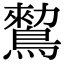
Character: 𪄪